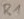
Text: R1